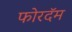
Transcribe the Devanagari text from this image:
फोरदॅम